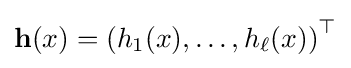
\mathbf {h} (x)=\left(h_{1}(x),\ldots ,h_{\ell }(x)\right)^{\top }